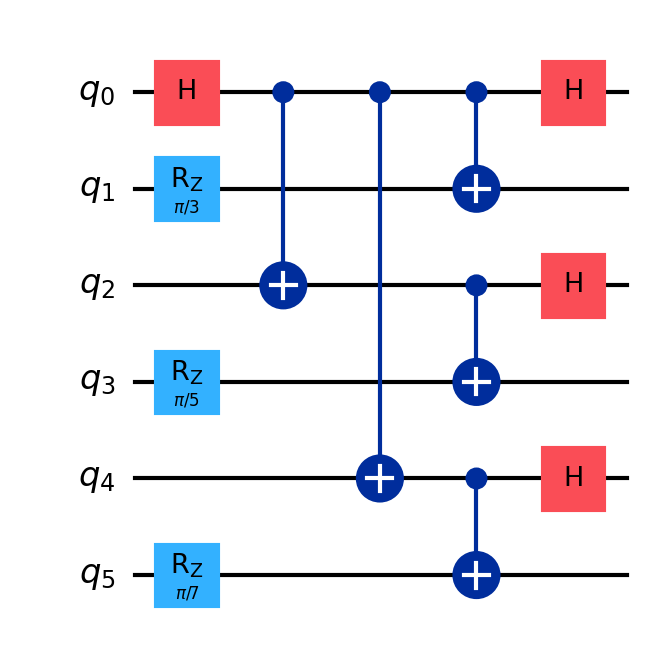
Description: Multi-party quantum random beacon for consensus
描述: 用于共识的多方量子随机信标
Category: btc_quantum_security (difficulty: advanced)
Qubits: 6, circuit depth: 5
Blockchain relevance: btc_security

Braket implementation:
import math
from braket.circuits import Circuit
circuit = Circuit()
circuit.h(0).cnot(0, 2).cnot(0, 4)
circuit.rz(1, math.pi/3).rz(3, math.pi/5).rz(5, math.pi/7)
circuit.cnot(0, 1).cnot(2, 3).cnot(4, 5)
circuit.h(0).h(2).h(4)